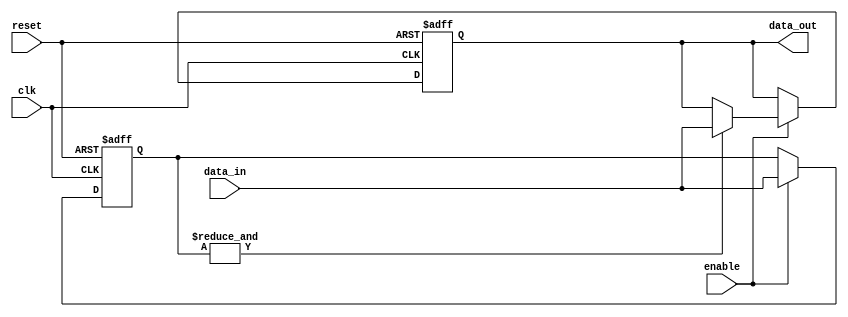
module BarrierRegister #(
    parameter N = 4 // Number of input signals
)(
    input wire clk,             // Clock signal
    input wire reset,           // Asynchronous reset signal
    input wire enable,          // Enable signal for capturing data
    input wire [N-1:0] data_in, // Data input signals
    output reg [N-1:0] data_out // Synchronized output signals
);

    // Internal logic to track the capture condition
    reg [N-1:0] capture_condition; // To check if data is ready

    always @(posedge clk or posedge reset) begin
        if (reset) begin
            data_out <= {N{1'b0}}; // Clear output on reset
            capture_condition <= {N{1'b0}}; // Clear capture condition
        end else if (enable) begin
            // Check if all inputs are valid (non-zero)
            capture_condition <= data_in;
            if (&capture_condition) begin
                data_out <= data_in; // Capture data if all conditions are met
            end
        end
    end
endmodule